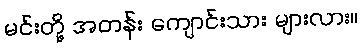
မင်းတို့ အတန်း ကျောင်းသား များလား။